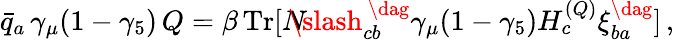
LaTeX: \bar{q}_{a}\, \gamma_{\mu}(1-\gamma_{5})\, Q=\beta\, \mathrm{Tr}[{N\! \! \! \! \slash}_{cb}^{\, \dag}\gamma_{\mu}(1-\gamma_{5})H_{c}^{(Q)}\xi_{ba}^{\dag}]\, ,